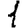
Digit: 1